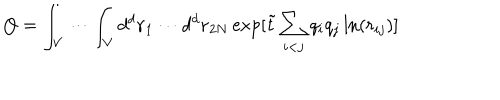
Q = \int _ { V } \cdots \int _ { V } d ^ { d } { \bf r } _ { 1 } \cdots d ^ { d } { \bf r } _ { 2 N } \exp [ { \tilde { t } } \sum _ { i < j } q _ { i } q _ { j } \ln ( r _ { i j } ) ]